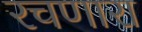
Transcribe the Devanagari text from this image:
रचणारा